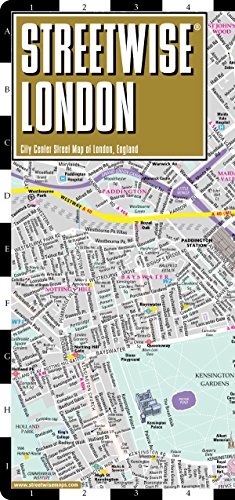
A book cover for Streetwise London Map - Laminated City Center Street Map of London, England; Streetwise Maps; Reference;